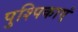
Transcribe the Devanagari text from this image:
पुश्पिकाएं